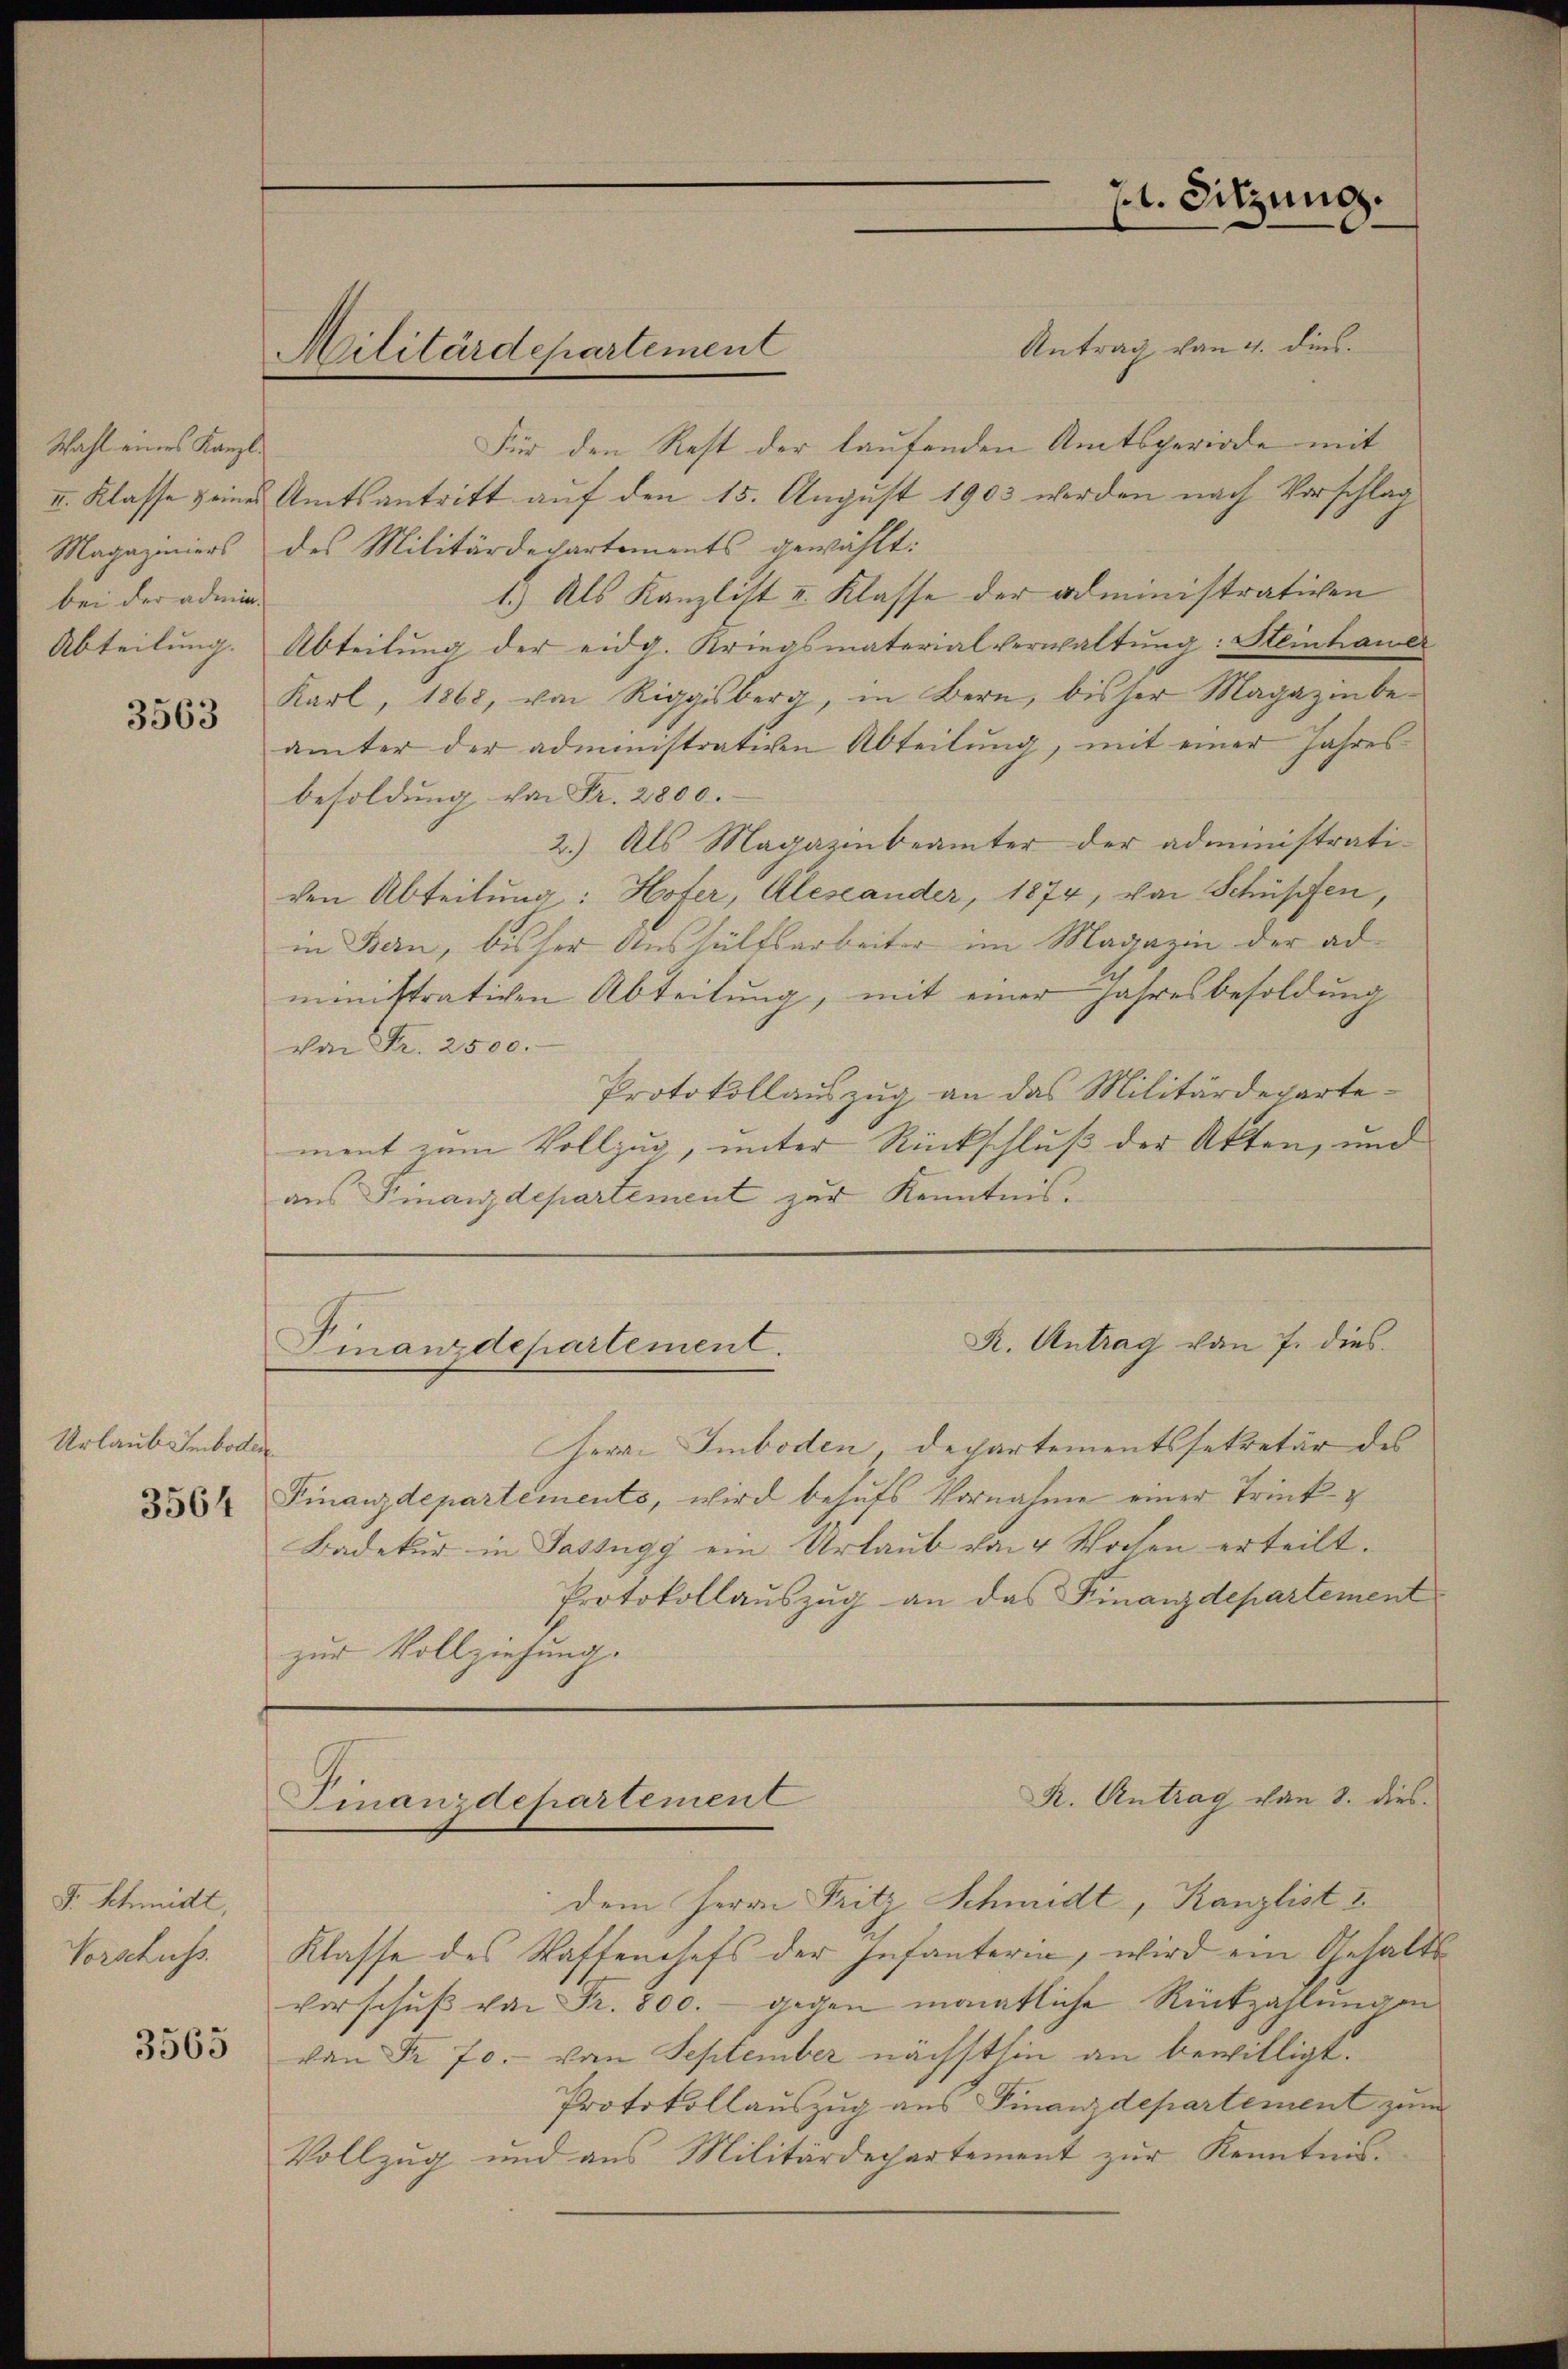
Wahl eines Kanzlbei der admin

3563

Urlaub Imboden

F. Schmidt,
Vorschuss.
3565

Militärdepartement

Antrag von 4. dies
Für den Rest der laufenden Amtsperiode mit
II. Klasse seines Amtsantritt auf den 15. August 1903 werden nach Vorschlag
Magaziniers des Militärdepartements gewählt:
1.) Als Kanzlist II. Klasse der administrativen
Abteilung. Abteilung der eidg. Kriegsmaterialverwaltung: Steinhauer
Karl, 1868, von Riggisberg, in Bern, bisher Magazin be-
ämter der administrativen Abteilung, mit einer Jahres
besoldung von Fr. 2800.
2.) Als Magazinbeamter der administrati-
den Abteilung: Hofer, Alesander, 1874, von Schüpfen,
in Bern, bisser Aushülfsarbeiter im Magazin der ad
ministrativen Abteilung, mit einer Jahresbesoldung
von Fr. 2500.
Protokollauszug an das Militärdepartement zum Vollzug, unter Rückschluß der Akten, und
aus Finanzdepartement zur Kenntnis.

Herrn Smboden, Departementssekretär des
§ 35 Finanzdepartements, wird behufs Vornahme einer Trinkg
Badekur in Passigg ein Urlaub von 4 Wochen erteilt.
Protokollauszug an das Finanzdepartement
zur Vollziehung.

21. Sitzung.

R. Antrag von 7. dies
Finanzdepartement.

K. Antrag von 8. dies
Finanzdepartement

Klasse des Waffenchefs der Infanterin, wird ein Gehalts
verschŭβ von Fr. 800.- gegen monatliche Rückzahlungen
von Fr. 70. von September nächsthin an bewilligt.
Protokollauszug aus Finanzdepartement zum
Vollzug und aus Militärdepartement zur Kenntnis-

dem Herrn Fritz Schmidt, Kanzlisti